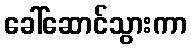
ခေါ်ဆောင်သွားကာ